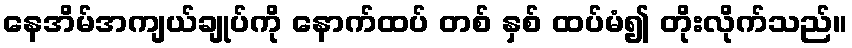
နေအိမ်အကျယ်ချုပ်ကို နောက်ထပ် တစ် နှစ် ထပ်မံ၍ တိုးလိုက်သည်။